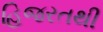
હિજરતથી